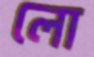
লো